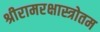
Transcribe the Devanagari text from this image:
श्रीरामरक्षास्त्रोतम